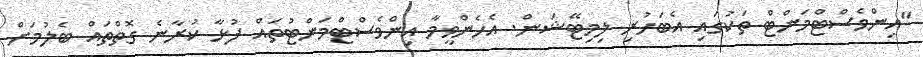
"އިންވެސްޓްމަންޓް ތަކުގައި އެބަހުރި ލިމިޓޭޝަން. އެހެންވީމާ އިންވެސްޓްމަންޓުތައް ފުޅާ ކުރާނެ ގޮތްތައް ބެލުމަށް